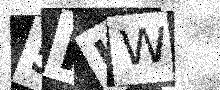
Text: 5FLW